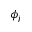
\phi _ { j }